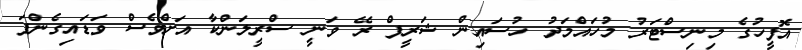
އޮފީހުގެ މިނިސްޓަރު މުހައްމަދު ހުސައިން ޝަރީފް ރޭ ވަނީ ސްރީލަންކާ އަށްވެސް ވަޑައިގެންފަ